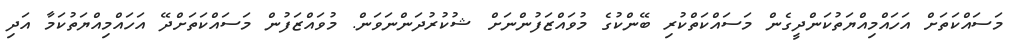
މަސައްކަތަށް އަހައްމިއްޔަތުކަންދީގެން މަސައްކަތްކުރި ބޭންކުގެ މުވައްޒަފުންނަށް ޝުކުރުދަންނަވަން. މުވައްޒަފުން މަސައްކަތަށްދޭ އަހައްމިއްޔަތުކަމާ އަދި